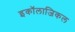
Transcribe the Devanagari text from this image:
इकॉलाजिकल